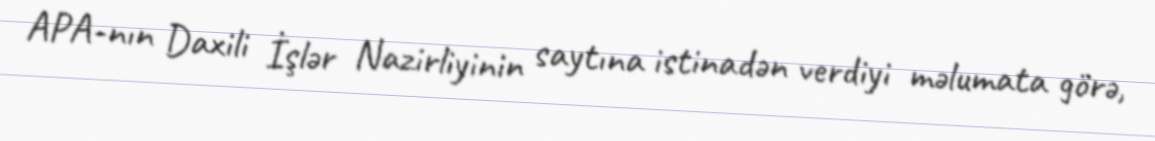
APA-nın Daxili İşlər Nazirliyinin saytına istinadən verdiyi məlumata görə,